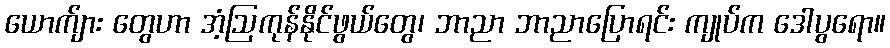
ယောက်ျား တွေဟာ အံ့ဩကုန်နိုင်ဖွယ်တွေ၊ ဘာညာ ဘာညာပြောရင်း ကျုပ်က ဒေါပွရော။